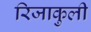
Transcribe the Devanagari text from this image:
रिजाकुली